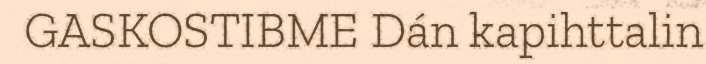
GASKOSTIBME Dán kapihttalin